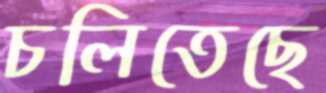
চলিতেছে